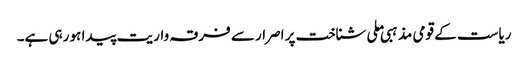
ریاست کے قومی مذہبی ملی شناخت پر اصرار سے فرقہ واریت پیدا ہو رہی ہے۔